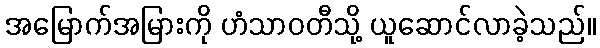
အမြောက်အမြားကို ဟံသာဝတီသို့ ယူဆောင်လာခဲ့သည်။